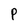
Character: P